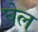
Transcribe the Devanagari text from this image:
घेल